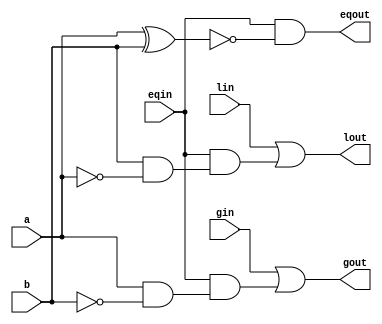
`timescale 1ns / 1ps
//////////////////////////////////////////////////////////////////////////////////
// Company: 
// Engineer: 
// 
// Design Name: 
// Module Name:    one_bit_comp 
// Project Name: 
// Target Devices: 
// Tool versions: 
// Description: 
//
// Dependencies: 
//
// Revision: 
// Revision 0.01 - File Created
// Additional Comments: 
//
//////////////////////////////////////////////////////////////////////////////////
module one_bit_comp(a, b, lin, gin, eqin, lout, gout, eqout);
	input a;
	input b;
	input lin;
	input gin;
	input eqin;
	
	output lout;
	output gout;
	output eqout;
	
	wire lout;
	wire gout;
	wire eqout;
	
	assign lout = lin|(eqin&(b&~a));
	assign gout = gin|(eqin&(a&~b));
	assign eqout = eqin&~(a^b);
	
endmodule